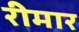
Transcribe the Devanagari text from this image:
रीमार